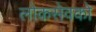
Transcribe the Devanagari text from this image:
लोकसेवको